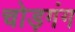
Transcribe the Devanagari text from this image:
चोड़गंग